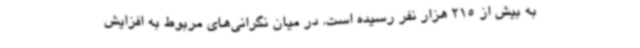
به بیش از 215 هزار نفر رسیده است. در میان نگرانی‌های مربوط به افزایش